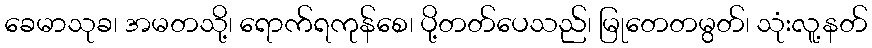
ခေမာသုခ၊ အမတသို့၊ ရောက်ရကုန်စေ၊ ပို့တတ်ပေသည်၊ မြုတေတမွတ်၊ သုံးလူ့နတ်